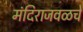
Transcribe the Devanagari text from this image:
मंदिराजवळचे